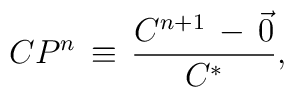
CP^n\, \equiv \,\frac{C^{n+1}\,-\,\vec {0}}{C^*},